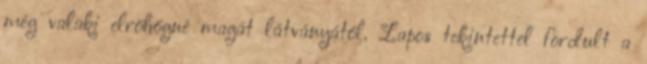
még valaki elröhögné magát látványától. Lapos tekintettel fordult a